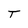
Character: T